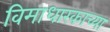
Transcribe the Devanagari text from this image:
विमाधारकाच्या